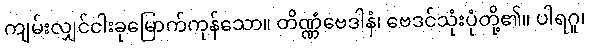
ကျမ်းလျှင်ငါးခုမြောက်ကုန်သော။ တိဏ္ဏံဗေဒါနံ၊ ဗေဒင်သုံးပုံတို့၏။ ပါရဂူ၊